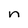
Character: n